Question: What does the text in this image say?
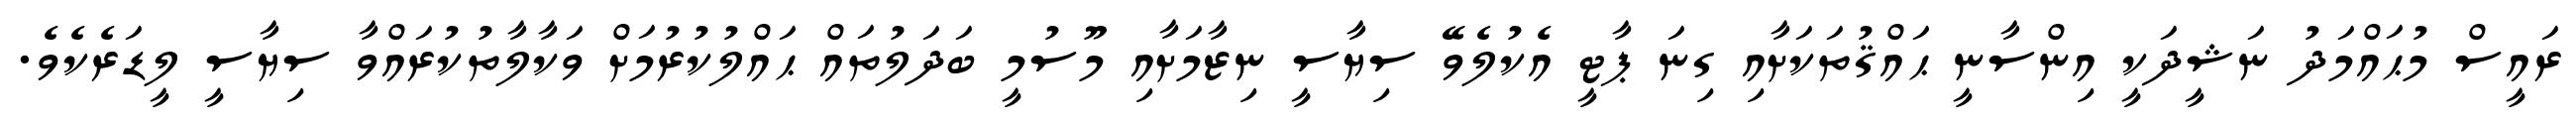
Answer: ރައީސް މުޙައްމަދު ނަޝީދަކީ އިންސާނީ ޙައްޤުތަކަށާއި ގިނަ ޕާޓީ އެކުލެވޭ ސިޔާސީ ނިޒާމަށާއި މޫސުމީ ބަދަލުތައް ޙައްލުކުރުމަށް ވަކާލާތުކުރައްވާ ސިޔާސީ ލީޑަރެކެވެ.